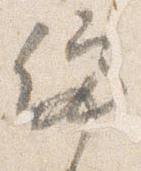
停